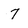
Character: 7